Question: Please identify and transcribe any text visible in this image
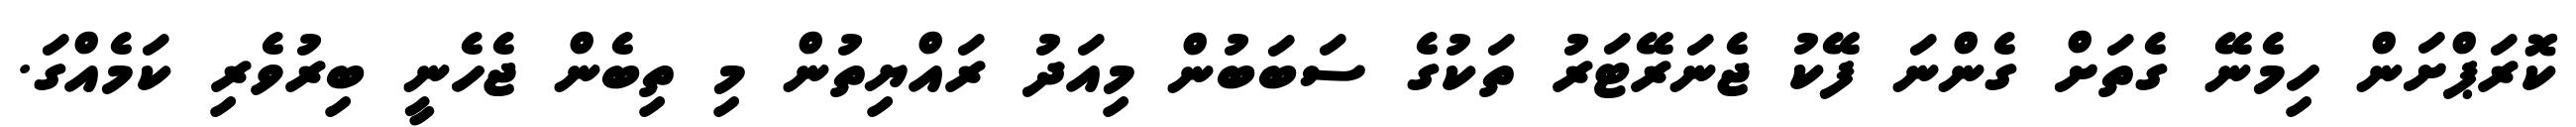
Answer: ކޮރަޕްށަން ހިމެނޭ ގެތަށް ގެންނަ ފޭކު ޖެނަރޭޓަރު ތަކުގެ ސަބަބުން މިއަދު ރައްޔިތުން މި ތިބެން ޖެހެނީ ބިރުވެރި ކަމެއްގަ.